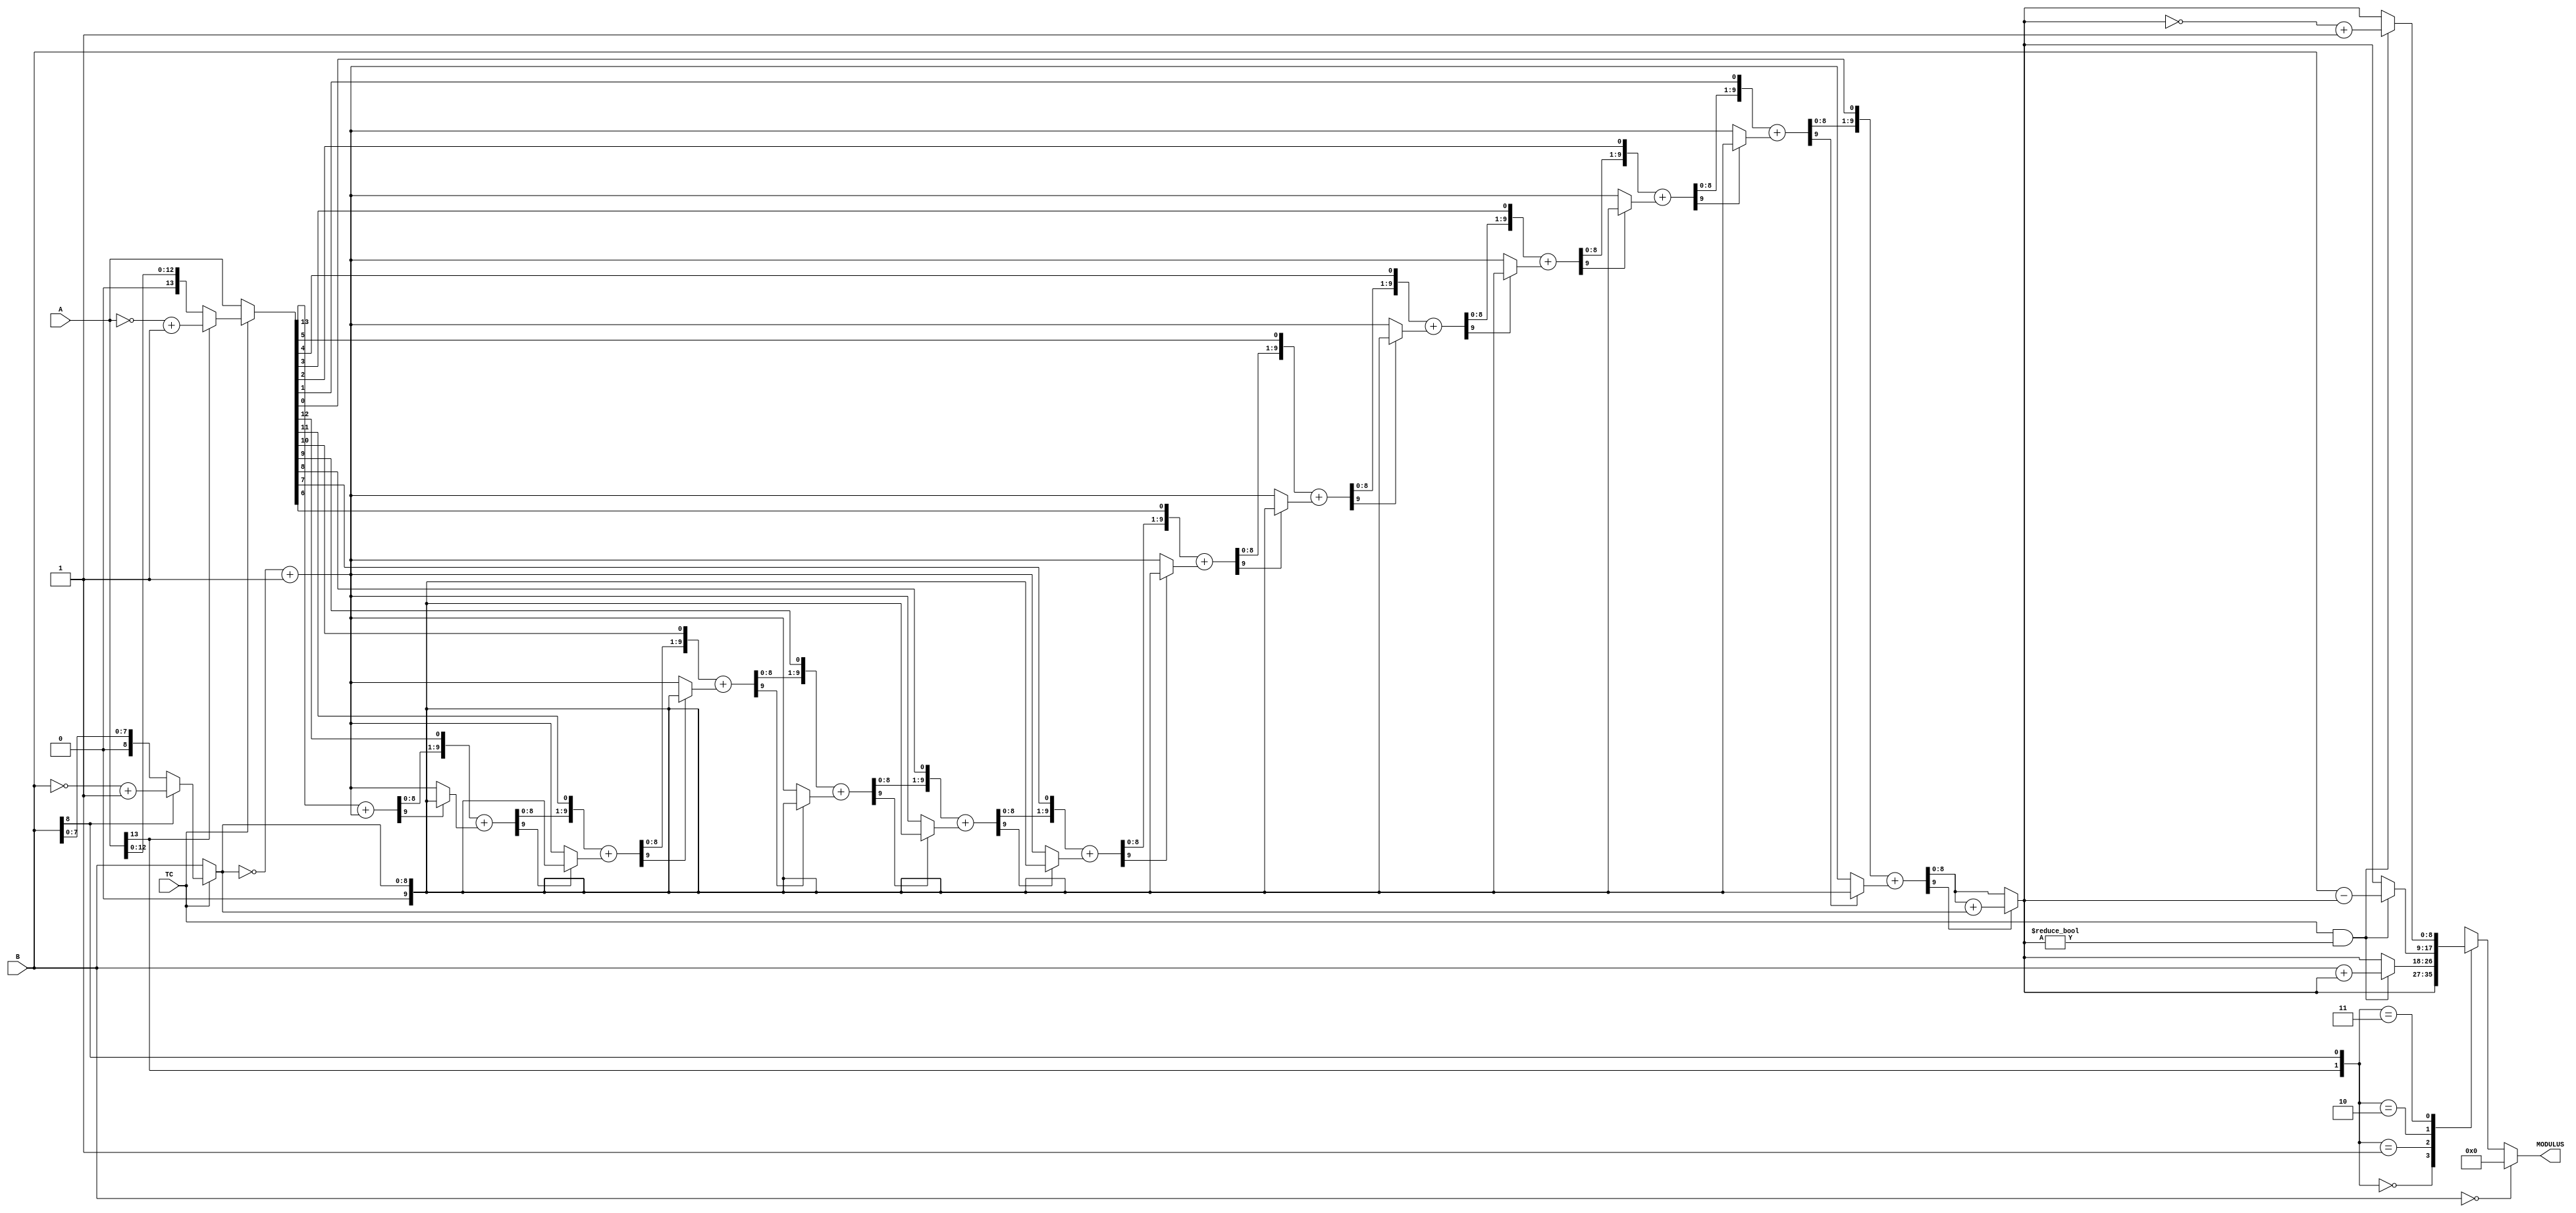


//--------------------------------------------------------------------------------------------------
//
// Title       : DW_vhd_mod
// Design      : DW_vhd_mod

// 
//
//-------------------------------------------------------------------------------------------------
// Description : DW_vhd_mod performs a combinational modulus as defined in IEEE Standard 1076-1993
// VHDL Language Reference Manual (LRM). The control signal TC determines whether the input and output 
// data is interpreted as unsigned ( TC LOW) or signed ( TC HIGH) numbers.
//
// The sign of the result is the sign of the B input. The modulus definition uses integer division.
//
//-------------------------------------------------------------------------------------------------
`timescale 1ns / 10ps

module DW_vhd_mod ( A, B, TC, MODULUS )/* synthesis syn_builtin_du = "weak" */;
parameter A_width = 14;
parameter B_width = 9;
parameter TC_mode = 1;

input [A_width - 1 : 0 ]   A;//Dividend	                 
input                      TC;//Two's Complement Control     
input [B_width - 1: 0 ]    B;//Divisor                      
							                                 
output [B_width - 1 : 0 ]  MODULUS;//Modulus output   

wire [A_width - 1 : 0 ]    A;
wire [B_width - 1: 0 ]     B;
reg  [B_width - 1 : 0 ]    MODULUS;

wire [A_width - 1 : 0 ]    param1;
wire [B_width - 1: 0 ]     param2;
wire [B_width - 1 : 0 ]    modulus;
wire [A_width - 1 : 0 ]    temp;

//Internal signal assignment
assign param1 = ( TC & TC_mode )? ( A[A_width -1] ? (~A + 1'b1) : A ) : A; 
assign param2 = ( TC & TC_mode ) ? ( B[B_width -1] ? (~B + 1'b1) : B ) : B;    

`ifdef _synplify_asic_
     assign modulus = param1 % param2; 			
`else
	assign modulus =  rem ( param1, param2 ); 

/* Function to get the remainder. Shift/subtract non-restoring divider is implemented */
function [ B_width - 1 : 0 ] rem;
input [A_width - 1 : 0 ] a;
input [B_width - 1: 0 ] b;

reg [ B_width : 0 ] sum;//width = B_width + 1
reg [ B_width : 0 ] rem_adjust;
reg [A_width - 1 : 0 ] dividend;
reg [ B_width : 0 ] temp_b;
integer i;

begin		
	sum = {B_width{1'b0}};
	dividend = a;
	sum[0] = a[A_width - 1]; //MSB
	dividend = dividend << 1'b1;	 
	temp_b = ~b + 1'b1;
   	sum = sum + temp_b;
	dividend[0] = ~sum[B_width];
	// synthesis loop_limit 2000  
	for ( i = 0 ; i <  A_width - 1'b1 ; i = i + 1'b1 )
		begin
			if ( sum[B_width] )// 1 = -ve, 0 = +ve
				begin
					temp_b = b;
				end
			else
				begin
				    temp_b = ~b + 1'b1;
				end
		    sum = sum << 1'b1;
		    sum[0] = dividend[A_width - 1];
		    dividend = dividend << 1'b1;
		   	sum = sum + temp_b;
			dividend[0] = ~sum[B_width];
		end
	
	rem_adjust = sum[B_width] ? sum + b : sum;//If remainder is -ve add divisor	
	rem = rem_adjust[B_width - 1: 0];
end

endfunction	

`endif 

//Output assignment								
always @( A or B or TC or modulus )
	if (B == 0)
	    MODULUS = 0;   
	else
		begin
			if ( TC_mode )
				begin
					case ({A[A_width-1],B[B_width-1]})
						2'b00: MODULUS = modulus; 
						2'b01: if ( TC && modulus != 0)
							MODULUS = B + modulus;				 
						else				 
							MODULUS = modulus;
							
						2'b10: if ( TC && modulus != 0) 
							MODULUS = B - modulus; 
						else 
							MODULUS = modulus;	
							
						2'b11: if ( TC && modulus != 0)	
							MODULUS = ~modulus + 1'b1; 
						else 
							MODULUS = modulus;				
					endcase	
				end
			else 
				MODULUS = modulus;	
		end		
				
endmodule